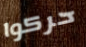
حركوا